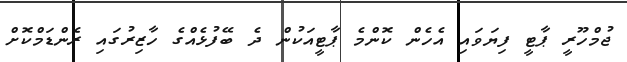
ޖުމްހޫރީ ޕާޓީ ފިޔަވައި އެހެން ކޮންމެ ޕާޓީއަކުން ދެ ބޭފުޅެއްގެ ހާޒިރުގައި ރެންޑަމްކޮށް